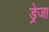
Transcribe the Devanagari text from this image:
ड्रेजा